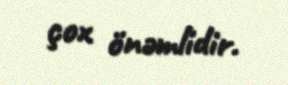
çox önəmlidir.